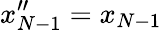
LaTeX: x_{N-1}^{\prime\prime}=x_{N-1}